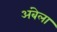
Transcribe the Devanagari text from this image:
अंबेला